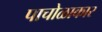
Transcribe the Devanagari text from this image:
पाचोळाकार